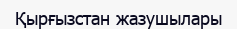
Қырғызстан жазушылары